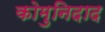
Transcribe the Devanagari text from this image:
कोमुनिदाद